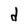
Character: d